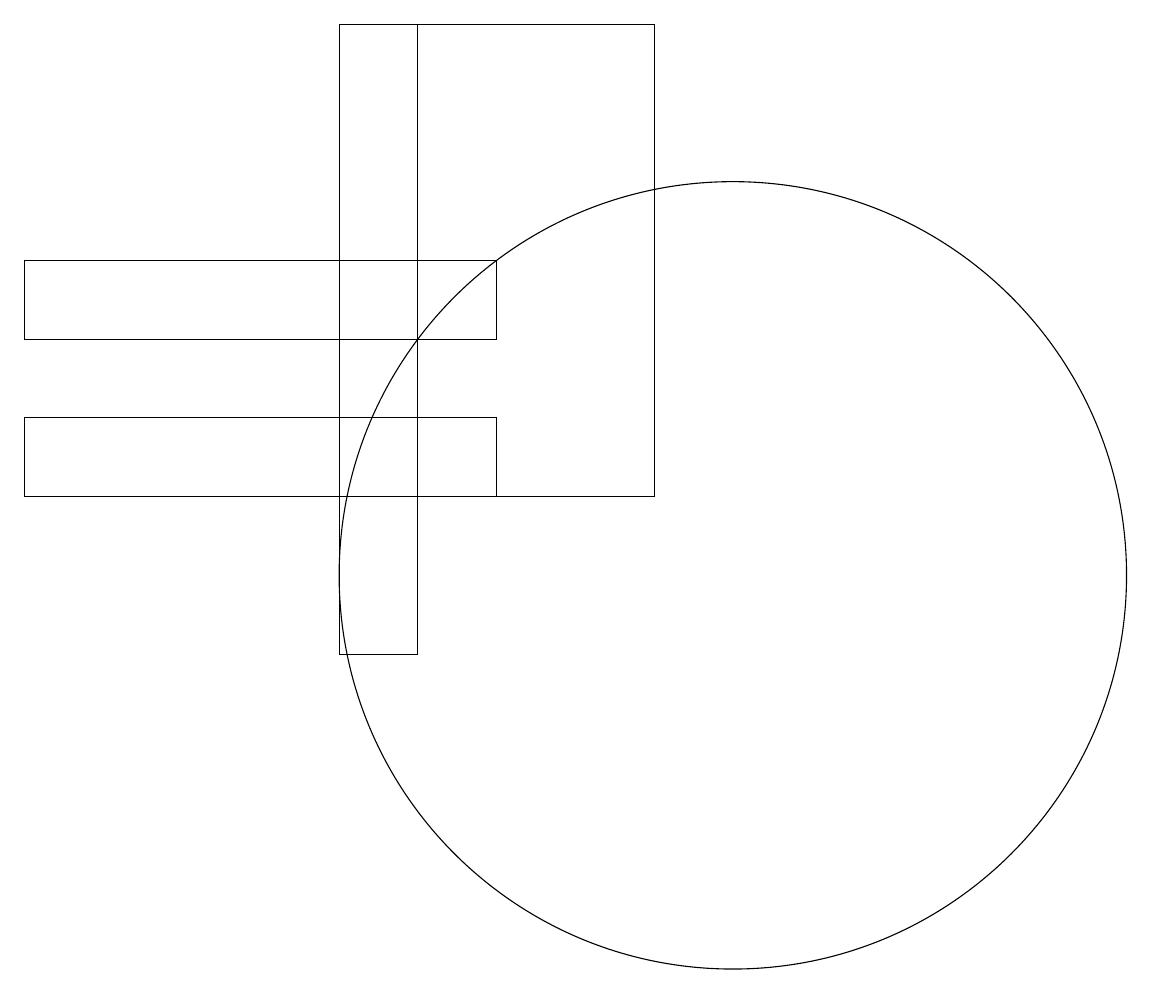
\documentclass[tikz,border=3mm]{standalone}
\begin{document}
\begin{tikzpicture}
\draw (1,14) rectangle (7,13);
\draw (1,16) rectangle (7,15);
\draw (10,12) circle (5);
\draw (6,19) rectangle (5,11);
\draw (5,19) rectangle (9,13);
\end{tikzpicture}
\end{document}